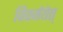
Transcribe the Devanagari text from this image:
विवर्जयेत्